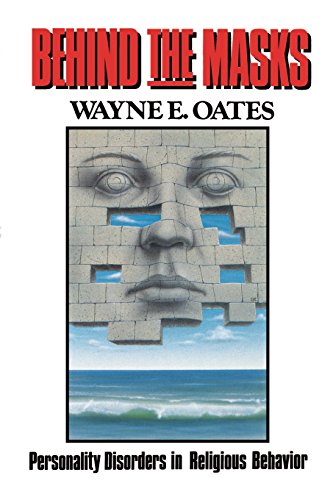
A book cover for Behind the Masks: Personality Disorders in Religious Behavior (Personality Disorders in Religious Behaviour); Wayne E. Oates; Religion & Spirituality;